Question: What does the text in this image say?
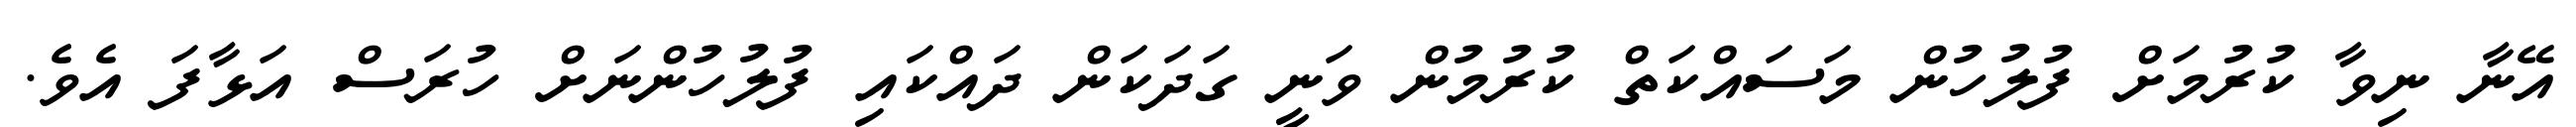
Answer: އޭނާ ނިވާ ކުރުމަށް ފުލުހުން މަސައްކަތް ކުރުމުން ވަނީ ގަދަކަން ދައްކައި ފުލުހުންނަށް ހުރަސް އަޅާފަ އެވެ.